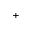
^ +